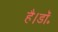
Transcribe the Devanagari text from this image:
है।डॉ॰